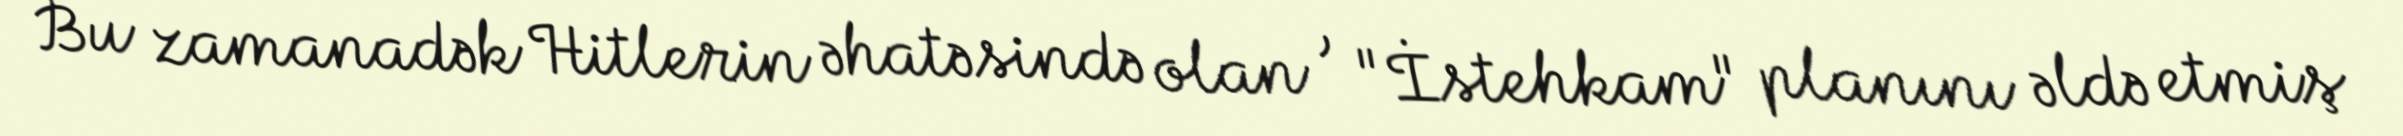
Bu zamanadək Hitlerin əhatəsində olan , "İstehkam" planını əldə etmiş